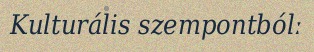
Kulturális szempontbólː